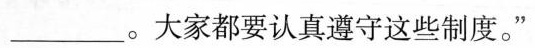
___。大家都要认真遵守这些制度。”